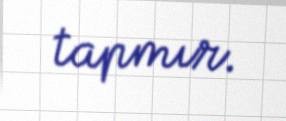
tapmır.